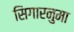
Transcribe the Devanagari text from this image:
सिगारनुमा